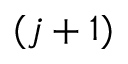
( j + 1 )